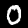
Digit: 0